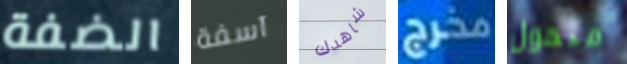
الضفة آسفة شاهدك مخرج متحول